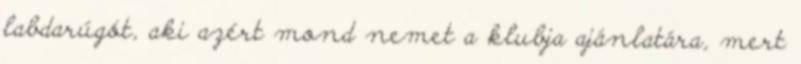
labdarúgót, aki azért mond nemet a klubja ajánlatára, mert